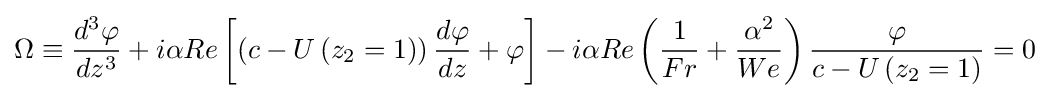
\Omega \equiv {\frac {d^{3}\varphi }{dz^{3}}}+i\alpha Re\left[\left(c-U\left(z_{2}=1\right)\right){\frac {d\varphi }{dz}}+\varphi \right]-i\alpha Re\left({\frac {1}{Fr}}+{\frac {\alpha ^{2}}{We}}\right){\frac {\varphi }{c-U\left(z_{2}=1\right)}}=0